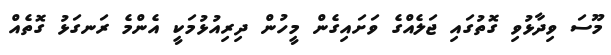
މޫސަ ވިދާޅުވި ގޮތުގައި ޖަލެއްގެ ވަށައިގެން މީހުން ދިރިއުޅުމަކީ އެންމެ ރަނގަޅު ގޮތެއް